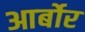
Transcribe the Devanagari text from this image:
आर्बोर